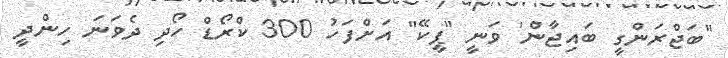
"ބަޖްރަންގީ ބައިޖާން' ވަނީ "ޕީކޭ" އަށްފަހު 300 ކްރޯޑް ހޯދި ދެވަނަ ހިންދީ